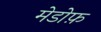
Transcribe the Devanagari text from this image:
मेडोफ़